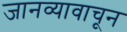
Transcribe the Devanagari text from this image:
जानव्यावाचून